Problem: 8 + 30 = ?
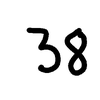
Handwritten answer: 38